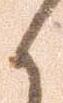
候